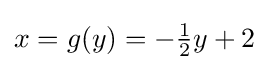
x=g(y)=-{\tfrac {1}{2}}y+2